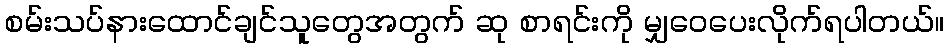
စမ်းသပ်နားထောင်ချင်သူတွေအတွက် ဆု စာရင်းကို မျှဝေပေးလိုက်ရပါတယ်။